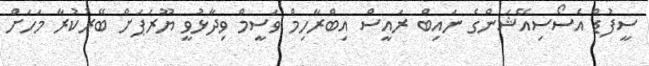
ސީފުޑް އެސޯސިއޭޝަންގެ ނައިބް ރައީސް އިބްރާހިމް ވަސީމް ވިދާޅުވީ ޔޫރަޕަށް ބޭރުކުރާ މަހަށް